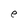
Character: e